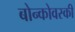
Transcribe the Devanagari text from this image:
बोन्कोवस्की